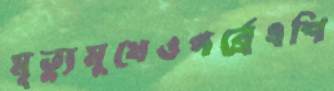
মৃত্যুমুখেওপর্ব্রেএশি